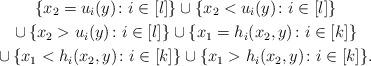
LaTeX: \begin{gather*}\{ x_2 = u_i(y) \colon i\in [l]\} \cup \{ x_2 < u_i(y) \colon i \in [l] \} \\\cup \, \{ x_2 > u_i(y) \colon i\in [l] \}\cup \{ x_1=h_i(x_2,y)\colon i\in [k]\} \\\cup \, \{ x_1<h_i(x_2,y)\colon i\in [k]\} \cup \{ x_1>h_i(x_2,y)\colon i\in [k]\}. \end{gather*}